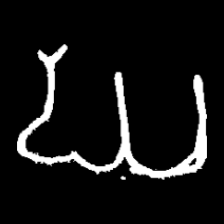
Pyu character \u2014 Myanmar letter: ဃ (romanized: gha)